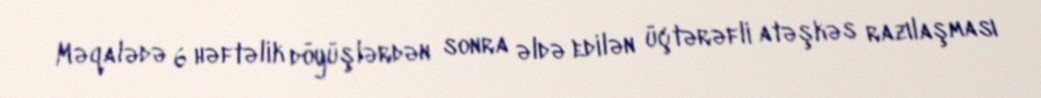
Məqalədə 6 həftəlik döyüşlərdən sonra əldə edilən üçtərəfli atəşkəs razılaşması